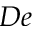
D e